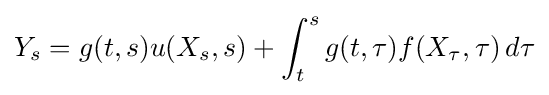
Y_{s}=g(t,s)u(X_{s},s)+\int _{t}^{s}g(t,\tau )f(X_{\tau },\tau )\,d\tau